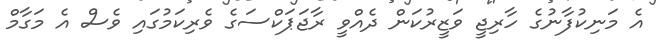
އެ މަނިކުފާނުގެ ހާރިޖީ ވަޒީރުކަން ދެއްވީ ރާޖަޕަކްސަގެ ވެރިކަމުގައި ވެސް އެ މަގާމް